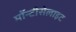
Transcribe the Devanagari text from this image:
मॉन्टीसेलाइट